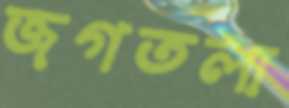
জগতলা